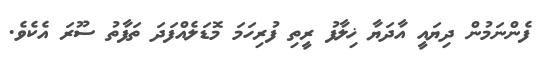
ފެންނަމުން ދިޔައީ އާދަޔާ ޚިލާފު ރީތި ފުރިހަމަ މޮޑަލެއްފަދަ ތަފާތު ސޫރަ އެކެވެ.